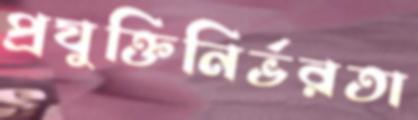
প্রযুক্তিনির্ভরতা